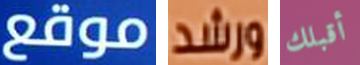
موقع ورشد أقبلك